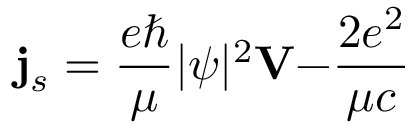
{ \bf j } _ { s } = \frac { e \hbar } \mu | \psi | ^ { 2 } { \bf V - } \frac { 2 e ^ { 2 } } { \mu c }